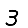
Digit: 3